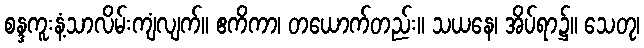
စန္ဒကူးနံ့သာလိမ်းကျံလျက်။ ဧကိကာ၊ တယောက်တည်း။ သယနေ၊ အိပ်ရာ၌။ သေတု၊